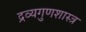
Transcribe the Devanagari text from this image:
द्रव्यगुणशास्त्र